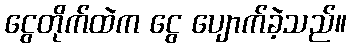
ငွေတိုက်ထဲက ငွေ ပျောက်ခဲ့သည်။